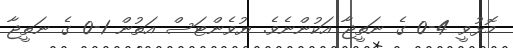
މޮޅުވީ 4-0 ގެ ނަތީޖާ އަކުންނެވެ. ޔުވެންޓަސް އަތުން 1-0 ގެ ނަތީޖާ